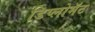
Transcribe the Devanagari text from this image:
डिप्लोमॅट